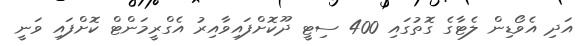
އަދި އެވޯޑިން ލެޓާގެ ގޮތުގައި 400 ސިޓީ ދޫކޮށްފައިވާއިރު އެގްރީމަންޓް ކޮށްފައި ވަނީ